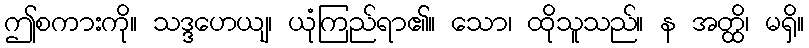
ဤစကားကို။ သဒ္ဒဟေယျ၊ ယုံကြည်ရာ၏။ သော၊ ထိုသူသည်။ န အတ္ထိ၊ မရှိ။